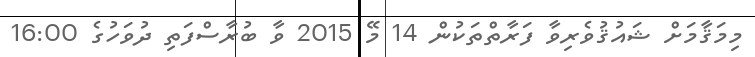
މިމަޤާމަށް ޝައުޤުވެރިވާ ފަރާތްތަކުން 14 މޭ 2015 ވާ ބުރާސްފަތި ދުވަހުގެ 16:00